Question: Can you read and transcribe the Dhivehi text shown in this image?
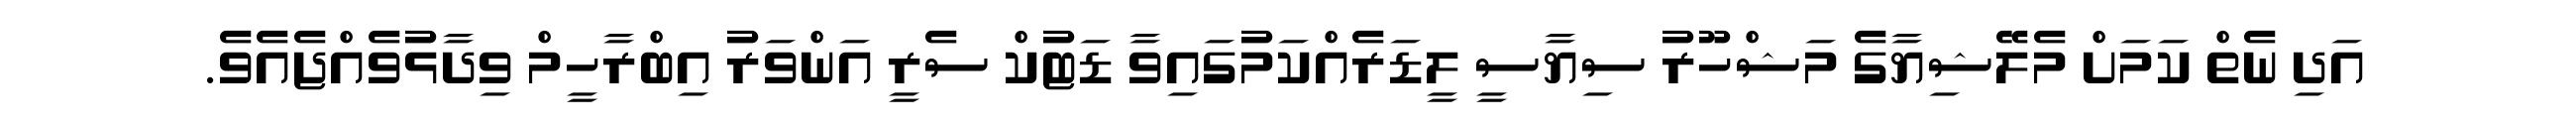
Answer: އަދި ނެތް ކަމަށް މެލޭޝިޔާގެ މަޝްހޫރު ސިޔާސީ ލީޑަރެއްކަމުގައިވާ ޑަޓުކް ސެރީ އަންވަރު އިބްރާހީމް ވިދާޅުވެއްޖެއެވެ.